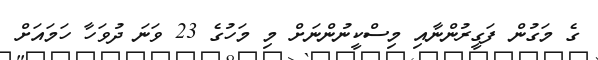
ގެ މަގުން ފަގީރުންނާއި މިސްކީނުންނަށް މި މަހުގެ 23 ވަނަ ދުވަހާ ހަމައަށް